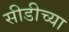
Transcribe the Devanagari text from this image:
सीडीच्या